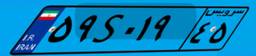
۵۹S۰۱۹۴۵